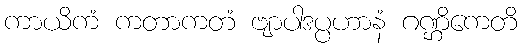
ကာယိကံ ကတာကတံ ဗျာပါဒပ္ပဟာနံ ဂဏ္ဌိကေတိ